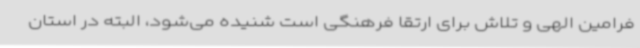
فرامین الهی و تلاش برای ارتقا فرهنگی است شنیده می‌شود، البته در استان